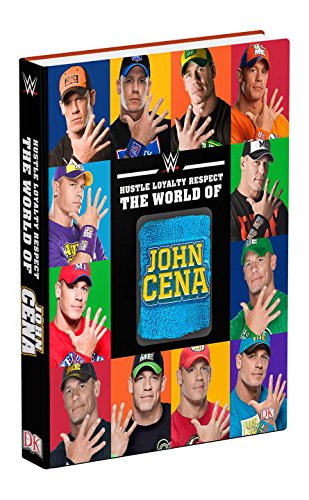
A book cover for Hustle, Loyalty & Respect: The World of John Cena; Steve Pantaleo; Biographies & Memoirs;